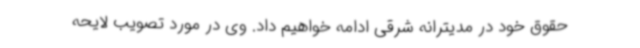
حقوق خود در مدیترانه شرقی ادامه خواهیم داد. وی در مورد تصویب لایحه